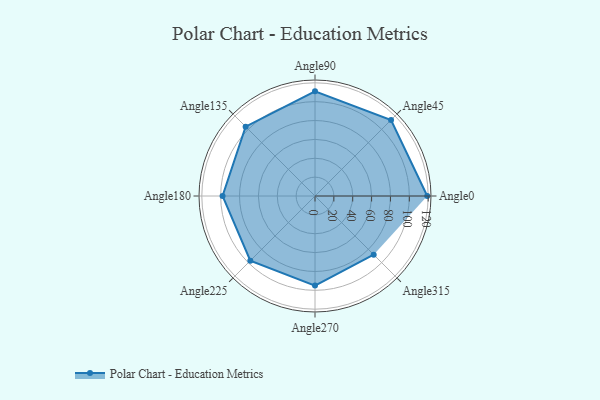
{"axis": {"x": "Angle", "y": "Radius"}, "legend": [""], "data": [{"x": "Angle0", "y": 119.0, "type": ""}, {"x": "Angle45", "y": 114.0, "type": ""}, {"x": "Angle90", "y": 111.0, "type": ""}, {"x": "Angle135", "y": 104.0, "type": ""}, {"x": "Angle180", "y": 98.0, "type": ""}, {"x": "Angle225", "y": 97.0, "type": ""}, {"x": "Angle270", "y": 95.0, "type": ""}, {"x": "Angle315", "y": 88.0, "type": ""}]}